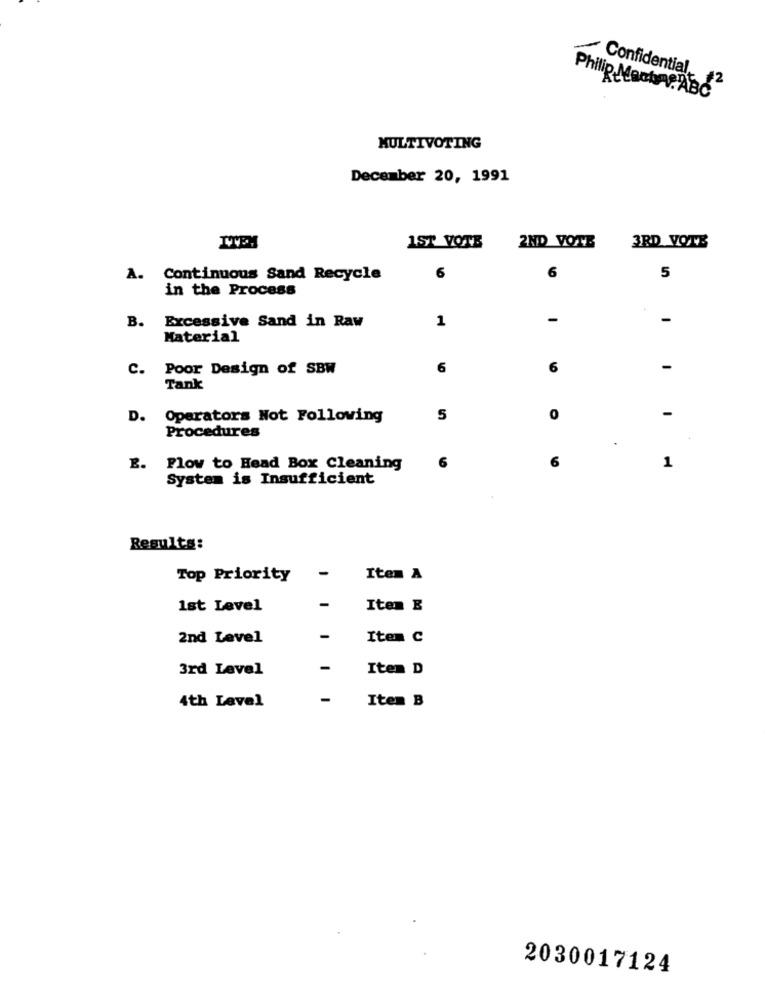
Confidential,
Philip Monty. ABC
MULTIVOTING
December 20, 1991
1ST_VOTE
2ND VOTE
3RD VOTE
A.
Continuous Sand Recycle
6
5
in the Process
B.
1
-
-
Excessive Sand in Raw
Material
C. Poor Design of SBW
6
6
-
Tank
D.
Operators Not Following
5
0
-
Procedures
.
6
E. Plow to Head Box Cleaning
6
1
System is Insufficient
Results:
-
Top Priority
Item A
1st Level
-
Item E
2nd Level
-
Item C
3rd Level
-
Item D
4th Level
Item B
2030017124